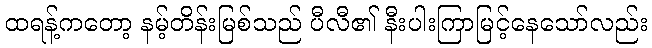
ထရန့်ကတော့ နမ့်တိန်းမြစ်သည် ပီလီ၏ နီးပါးကြာမြင့်နေသော်လည်း